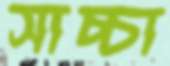
সাচ্চা